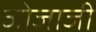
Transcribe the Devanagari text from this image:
जोजाजी